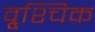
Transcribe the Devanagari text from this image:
वृ्श्चिक